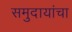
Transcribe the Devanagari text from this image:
समुदायांचा